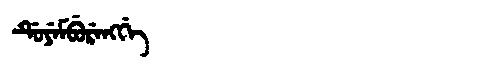
Manchu: ᡩᡠᠶᡝᠮᠪᡠᡵᡝᠩᡤᡝ
Romanization: DUYEMBURENGGE